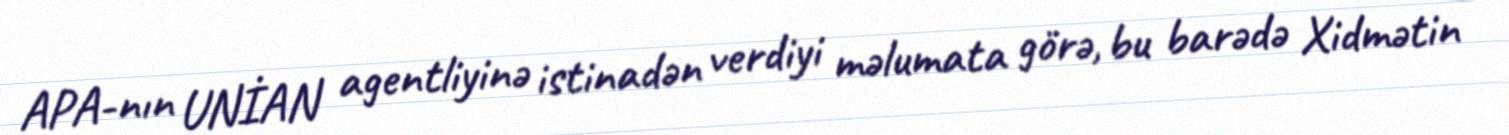
APA-nın UNİAN agentliyinə istinadən verdiyi məlumata görə, bu barədə Xidmətin